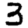
Digit: 3